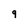
Character: 9